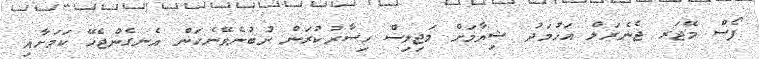
ފޯސް މޭޖަރ ޖެނެރަލް އަހުމަދު ޝިޔާމަށް މަޖިލިސް ހިސާރުކުރަން ނުބުނެވޭނެކަން އެނގެންޖެހޭ ކަަމަށާއި